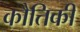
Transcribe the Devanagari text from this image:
कौतिकी